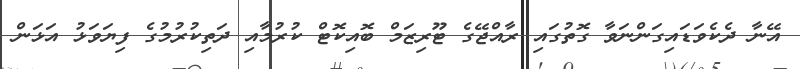
އޭނާ ދެކެވަޑައިގަންނަވާ ގޮތުގައި ރާއްޖޭގެ ޓޫރިޒަމް ބޮއިކޮޓް ކުރުމާއި ދަތިކުރުމުގެ ފިޔަވަޅު އަޅަން